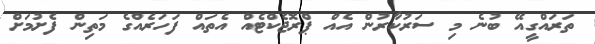
ތަރައްގީއޭ ބުނެ މި ސަރުކާރުން އެއް ޕްރޮޖެކްޓެއް އެތައް ފަހަރެއްގެ މަތިން ފެށުމަށް